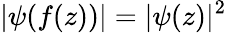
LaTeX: |\psi(f(z))|=|\psi(z)|^{2}